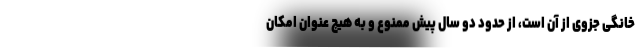
خانگی جزوی از آن است، از حدود دو سال پیش ممنوع و به هیچ عنوان امکان